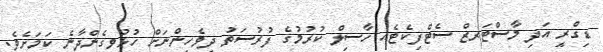
ޑިގްރީ އަދި މާސްޓަރޒް ސެޓްފިކެޓެއ ހާސިލް ކުރުމުގެ ފުރުސަތު ދިވެހިންނަށް ހުޅުވިގެންދާނެ ކަމަށެވެ.